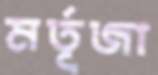
মর্তূজা